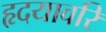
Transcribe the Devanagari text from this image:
हृदयावरि